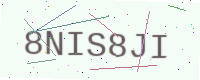
Text: 8NIS8JI